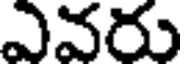
ఎవరు